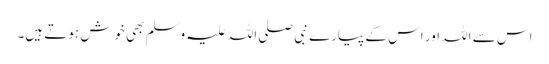
اس سے اللہ اور اس کے پیارے نبی صلی اللہ علیہ وسلم بھی خوش ہوتے ہیں۔